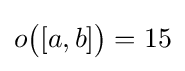
o{\bigl (}[a,b]{\bigr )}=15